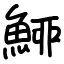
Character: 䱖